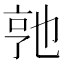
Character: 𬼭